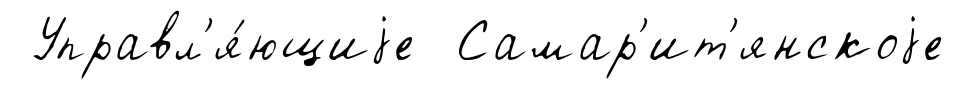
Управл'я́ющиjе Самар'ит'янскоjе